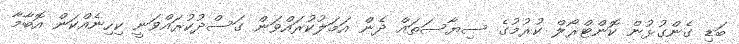
ބަޑި ގެންގުޅުން ކޮންޓްރޯލް ކުރުމުގެ ސިޔާސަތައް ދެން އަމަލުކުރައްވަން ގަސްދުކުރައްވަނީ ކިހިނެއްކަން އޮބާމާ